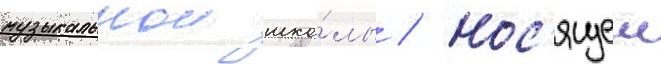
музыкальнои шко́лы / нос'ящеи